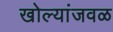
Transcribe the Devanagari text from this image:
खोल्यांजवळ